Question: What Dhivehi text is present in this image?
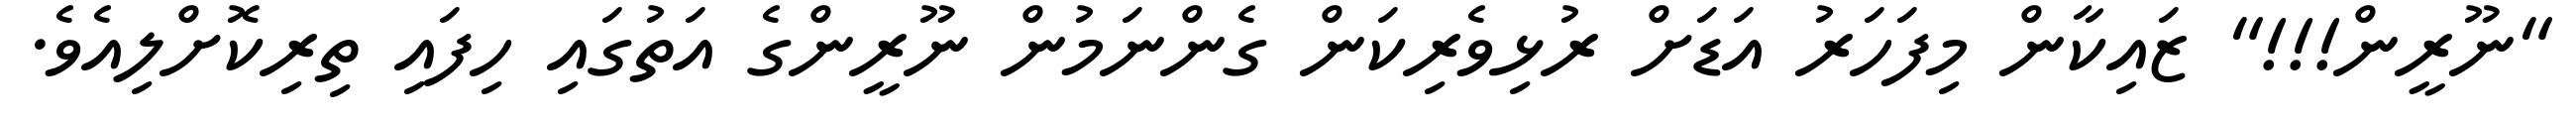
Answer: "ނޫރީން!!!" ޒައިކާން މިފަހަރު އަޑަށް ރުޅިވެރިކަން ގެންނަމުން ނޫރީންގެ އަތުގައި ހިފައި ތިރިކޮށްލިއެވެ.